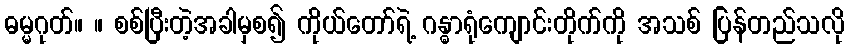
ဓမ္မဂုတ်။ ။ စစ်ပြီးတဲ့အခါမှစ၍ ကိုယ်တော်ရဲ့ ဂန္ဓာရုံကျောင်းတိုက်ကို အသစ် ပြန်တည်သလို